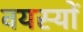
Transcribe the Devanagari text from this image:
वयस्यों